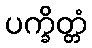
ပက္ခိတ္တံ